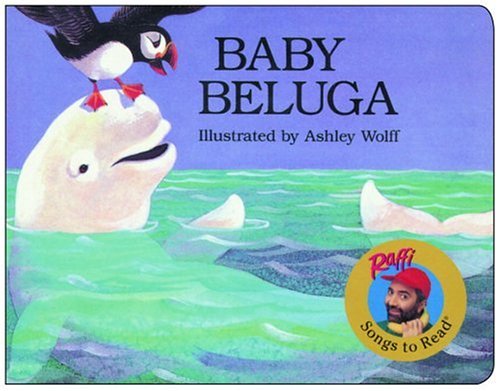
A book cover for Baby Beluga (Raffi Songs to Read); Raffi; Children's Books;